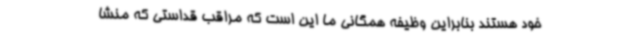
خود هستند بنابراین وظیفه همگانی ما این است که مراقب قداستی که منشا